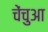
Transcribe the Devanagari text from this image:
चेंचुआ